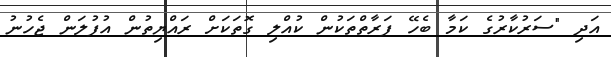
އަދި "ސަރުކާރުގެ ކަމާ ބެހޭ ފަރާތްތަކުން ކުއްލި ގޮތަކަށް ރައްޔިތުން އުފުލަން ޖެހުނު